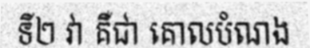
ទី២ វា គឺជា គោលបំណង